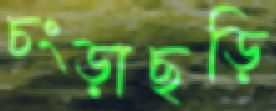
চংড়াছড়ি